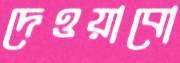
দেওয়াবো